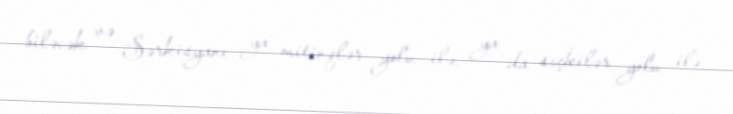
biləcək və Sərkisyanı ya mitinqlər yolu ilə, ya da seçkilər yolu ilə